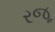
રજૂ